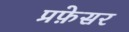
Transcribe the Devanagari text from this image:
प्रफ़ेसर